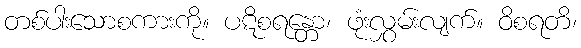
တစ်ပါးသောစကားကို။ ပဋိစရန္တော၊ ဖုံးလွှမ်းလျက်။ ဝိစရတိ၊